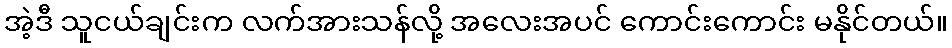
အဲ့ဒီ သူငယ်ချင်းက လက်အားသန်လို့ အလေးအပင် ကောင်းကောင်း မနိုင်တယ်။